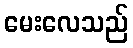
မေးလေသည်